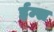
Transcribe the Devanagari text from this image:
ईम्स